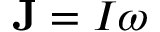
{ \bf J } = I \omega